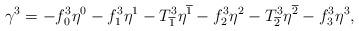
LaTeX: \begin{align*} \gamma^3=-f^3_0\eta^0-f^3_1\eta^1-T^3_{\overline{1}}\eta^{\overline{1}}-f^3_2\eta^2-T^3_{\overline{2}}\eta^{\overline{2}}-f^3_3\eta^3,\end{align*}